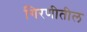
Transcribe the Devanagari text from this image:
गिरणीतील